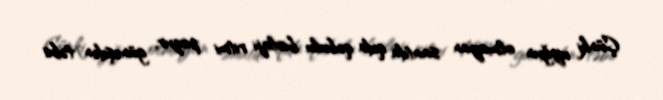
Çünki uyğun olmayan saatda qida qəbulu bioloji ritmi pozur, günəşdən təbii